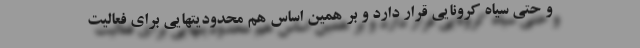
و حتی سیاه کرونایی قرار دارد و بر همین اساس هم محدودیتهایی برای فعالیت